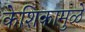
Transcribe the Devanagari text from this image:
केशिकामुळे